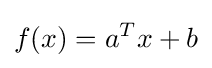
f(x)=a^{T}x+b